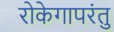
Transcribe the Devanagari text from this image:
रोकेगापरंतु